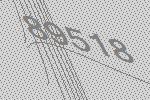
89518